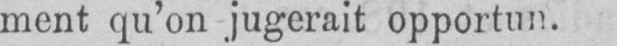
ment qu’on jugerait opportun.